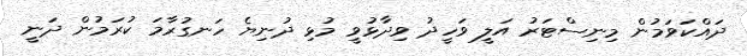
ދައްކަވަމުން މިނިސްޓަރު އަލީ ވަހީދު ވިދާޅުވީ މުޅި ދުނިޔެ ހަނގުރާމަ ކުރަމުން ދަނީ